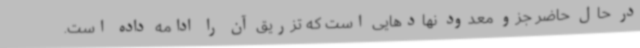
در حال حاضر جزو معدود نهادهایی است که تزریق آن را ادامه داده است.